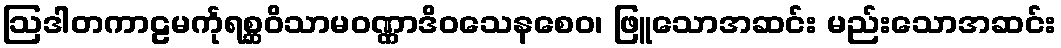
ဩဒါတကာဠမင်္ကုရစ္ဆဝိသာမဝဏ္ဏာဒိဝသေနစေဝ၊ ဖြူသောအဆင်း မည်းသောအဆင်း